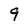
Character: 9